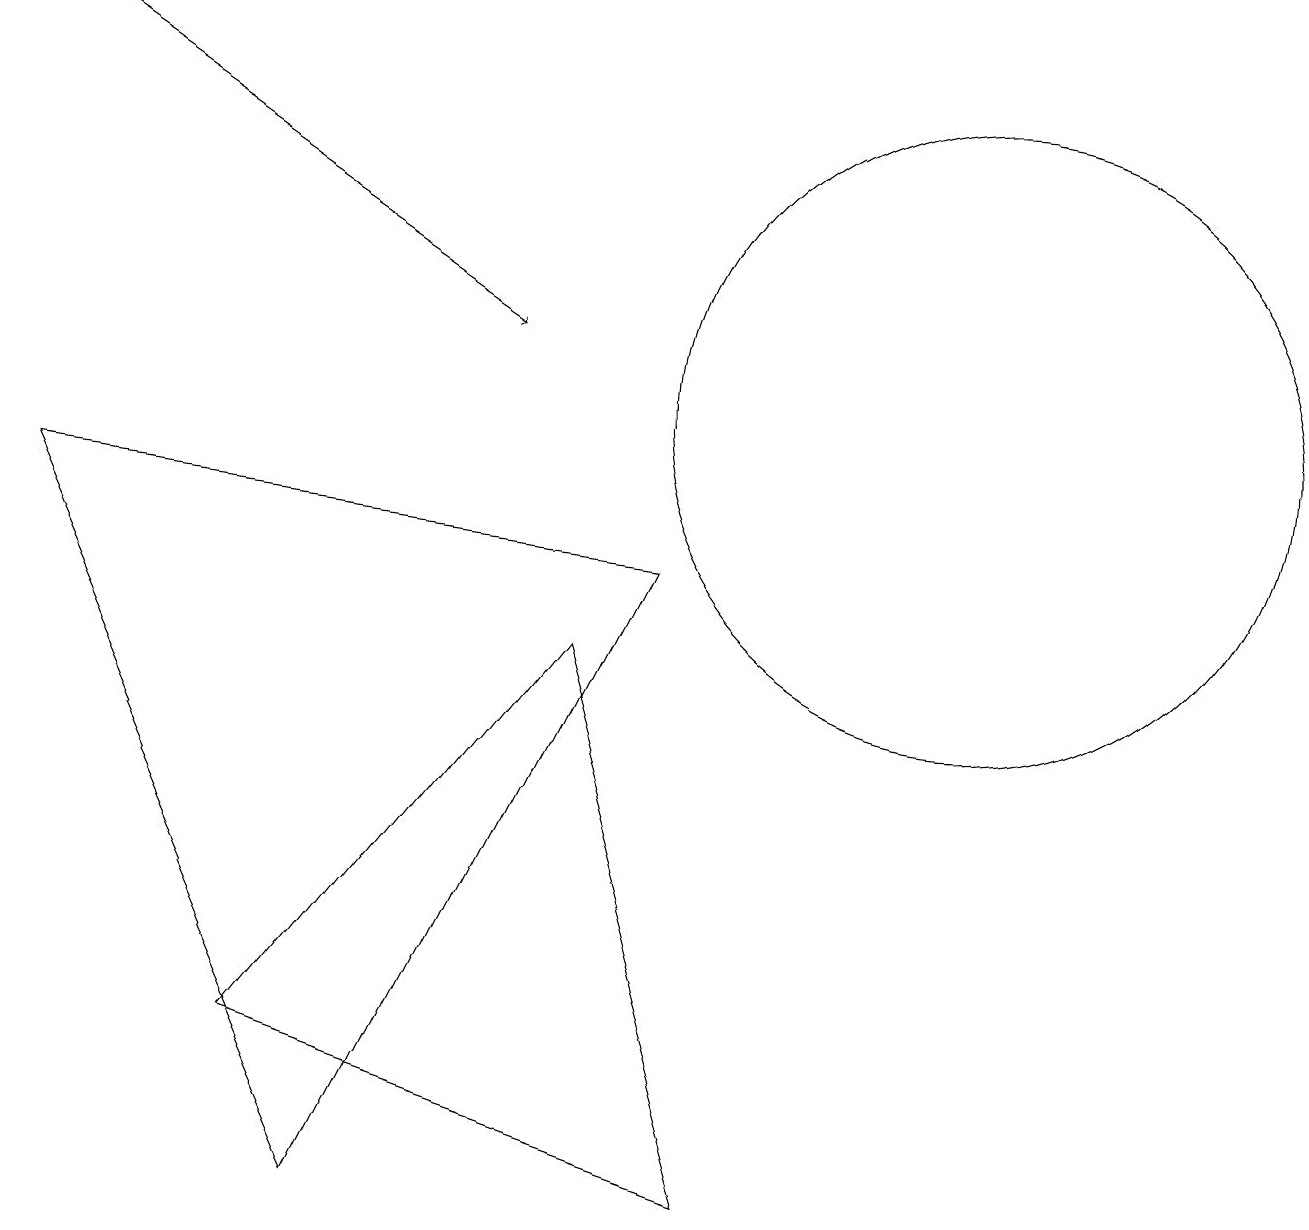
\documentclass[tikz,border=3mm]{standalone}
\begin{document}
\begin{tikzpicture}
\draw[->] (0,15) -- (6,11);
\draw (0,9) -- (4,0) -- (8,8) -- cycle;
\draw (12,10) circle (4);
\draw (7,7) -- (3,2) -- (9,0) -- cycle;
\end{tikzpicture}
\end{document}